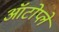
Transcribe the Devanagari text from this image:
ऑटोप्ले